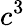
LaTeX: c^{3}